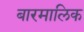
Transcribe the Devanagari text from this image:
बारमालिक